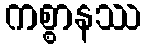
ကစ္စာနဿ